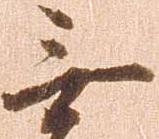
無